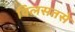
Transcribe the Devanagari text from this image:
विलसतसे